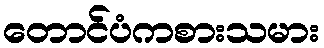
တောင်ပံကစားသမား